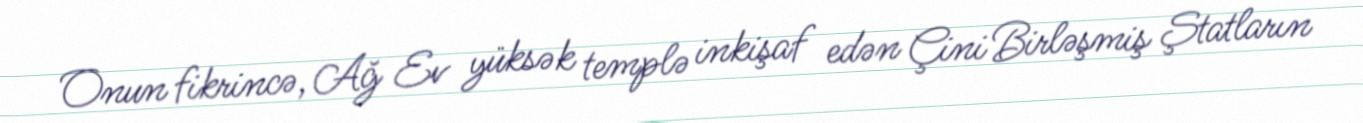
Onun fikrincə, Ağ Ev yüksək templə inkişaf edən Çini Birləşmiş Ştatların